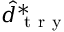
\hat { d } _ { \mathrm { ~ t ~ r ~ y ~ } } ^ { * }